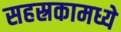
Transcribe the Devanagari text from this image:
सहस्रकामध्ये